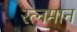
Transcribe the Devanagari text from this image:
रत्नमान